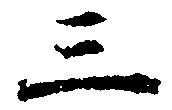
三